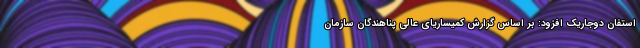
استفان دوجاریک افزود: بر اساس گزارش کمیساریای عالی پناهندگان سازمان